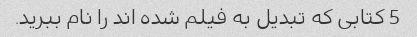
5 کتابی که تبدیل به فیلم شده اند را نام ببرید.